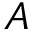
A